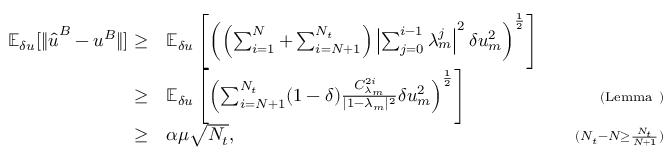
\begin{array} { r l r } { \mathbb { E } _ { \delta u } [ \| \hat { \boldsymbol { u } } ^ { B } - \boldsymbol { u } ^ { B } \| ] \ge } & { \mathbb { E } _ { \delta u } \left[ \left( \left( \sum _ { i = 1 } ^ { N } + \sum _ { i = N + 1 } ^ { N _ { t } } \right) \left| \sum _ { j = 0 } ^ { i - 1 } \lambda _ { m } ^ { j } \right| ^ { 2 } \delta u _ { m } ^ { 2 } \right) ^ { \frac { 1 } { 2 } } \right] } & \\ { \ge } & { \mathbb { E } _ { \delta u } \left[ \left( \sum _ { i = N + 1 } ^ { N _ { t } } ( 1 - \delta ) \frac { C _ { \lambda _ { m } } ^ { 2 i } } { | 1 - \lambda _ { m } | ^ { 2 } } \delta u _ { m } ^ { 2 } \right) ^ { \frac { 1 } { 2 } } \right] } & { \quad { \scriptstyle ( \mathrm { L e m m a ~ } ) } } \\ { \ge } & { \alpha \mu \sqrt { N _ { t } } , } & { \quad { \scriptstyle ( N _ { t } - N \ge \frac { N _ { t } } { N + 1 } ) } } \end{array}